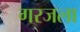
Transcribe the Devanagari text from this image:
गरजला